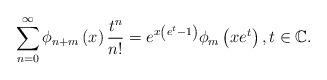
\begin{align*}\sum_{n=0}^{\infty}\phi_{n+m}\left( x\right) \frac{t^{n}}{n!}=e^{x\left(e^{t}-1\right) }\phi_{m}\left( xe^{t}\right) ,t\in\mathbb{C}. \end{align*}